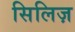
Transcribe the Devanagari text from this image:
सिलिज़